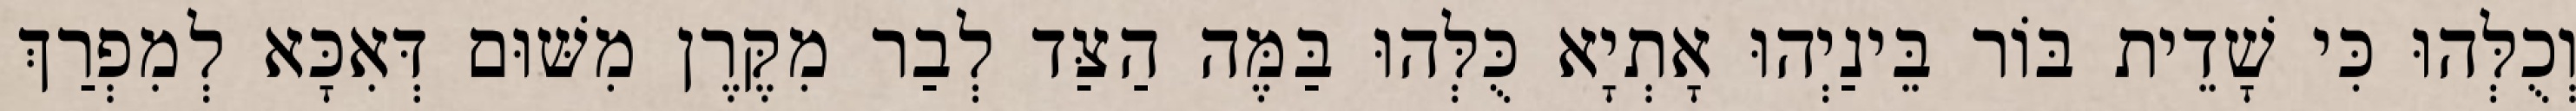
וְכֻלְּהוּ כִּי שָׁדֵית בּוֹר בֵּינַיְהוּ אָתְיָא כֻּלְּהוּ בַּמֶּה הַצַּד לְבַר מִקֶּרֶן מִשּׁוּם דְּאִכָּא לְמִפְרַךְ